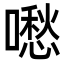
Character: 𠿈